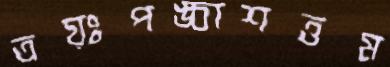
ত্রয়ঃপঙ্চাশত্তম